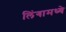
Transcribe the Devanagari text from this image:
लिंगामध्ये